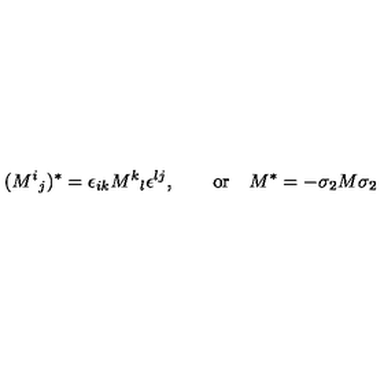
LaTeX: ( M ^ { i } { } _ { j } ) ^ { * } = \epsilon _ { i k } M ^ { k } { } _ { l } \epsilon ^ { l j } , \qquad \mathrm { o r } \quad M ^ { * } = - \sigma _ { 2 } M \sigma _ { 2 }